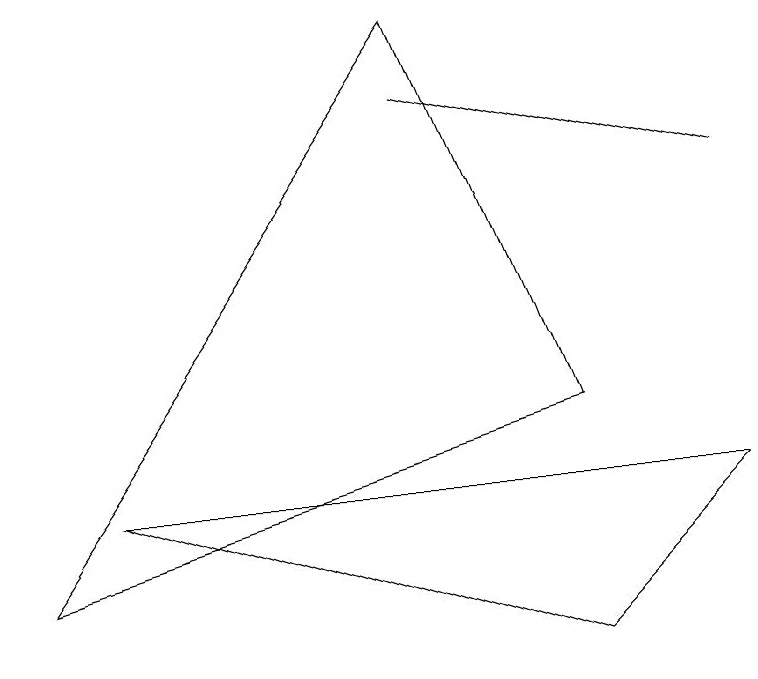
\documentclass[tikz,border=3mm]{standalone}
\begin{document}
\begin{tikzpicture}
\draw (7,0) -- (1,2) -- (9,2) -- cycle;
\draw (9,6) -- (5,7) -- (5,7) -- cycle;
\draw (7,3) -- (0,1) -- (5,8) -- cycle;
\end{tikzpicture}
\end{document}